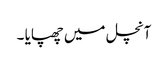
آنچل میں چھپایا ۔